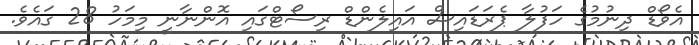
އެވޯޑް ދިނުމުގެ ހަފުލާ ޕެރަޑައިސް އައިލެންޑް ރިސޯޓްގައި އޮންނާނީ މިމަހު 28 ގައެވެ.